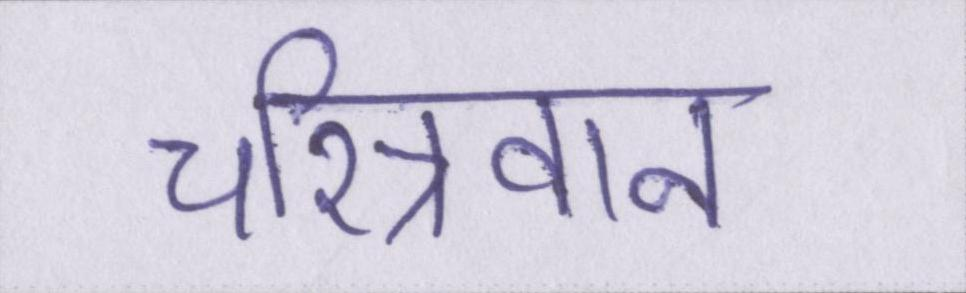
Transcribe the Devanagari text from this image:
चरित्रवान